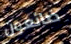
ضائعون